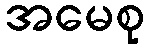
အမေစု